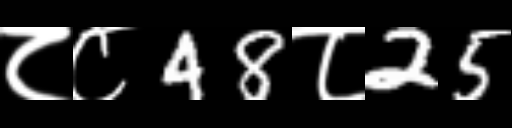
Text: ८८48८25